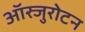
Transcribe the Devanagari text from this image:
ऑस्जुरोटन